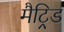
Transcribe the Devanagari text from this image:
मैट्रिड